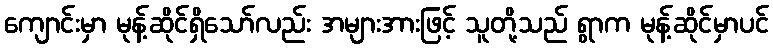
ကျောင်းမှာ မုန့်ဆိုင်ရှိသော်လည်း အများအားဖြင့် သူတို့သည် ရွာက မုန့်ဆိုင်မှာပင်